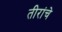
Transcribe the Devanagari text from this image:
तीरांचे